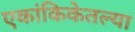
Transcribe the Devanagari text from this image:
एकांकिकेतल्या